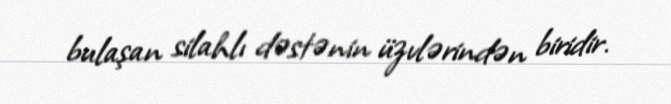
bulaşan silahlı dəstənin üzvlərindən biridir.